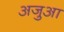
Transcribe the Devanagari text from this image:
अजुआ